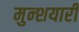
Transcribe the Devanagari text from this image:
मुन्शयारी